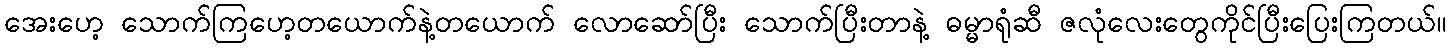
အေးဟေ့ သောက်ကြဟေ့တယောက်နဲ့တယောက် လောဆော်ပြီး သောက်ပြီးတာနဲ့ ဓမ္မာရုံဆီ ဇလုံလေးတွေကိုင်ပြီးပြေးကြတယ်။